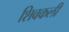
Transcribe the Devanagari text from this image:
शिवकली